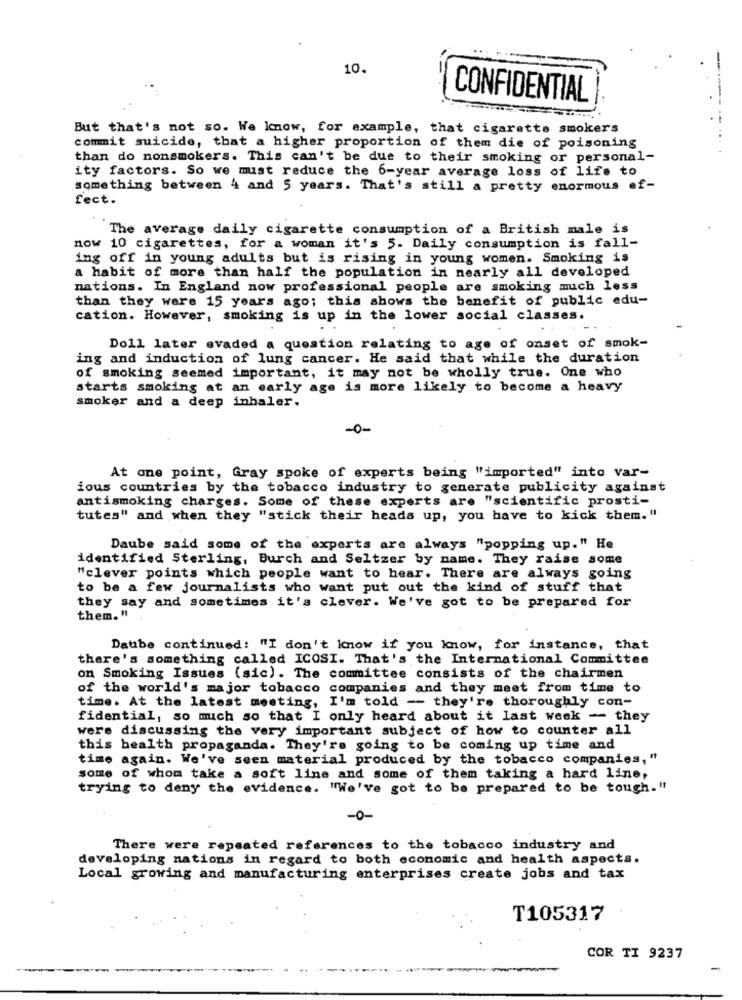
10.
CONFIDENTIAL
But that's not so. We know, for example, that cigarette smokers
commit suicide, that a higher proportion of them die of poisoning
--.....
than do nonsmokers. This can't be due to their smoking or personal-
ity factors. So we must reduce the 6-year average loss of life to
something between 4 and 5 years. That's still a pretty enormous ef-
fect.
The average daily cigarette consumption of a British male is
now 10 cigarettes, for a woman it's 5. Daily consumption is fall-
ing off in young adults but is rising in young women. Smoking is
a habit of more than half the population in nearly all developed
nations. In England now professional people are smoking much less
than they were 15 years ago; this shows the benefit of public edu-
cation. However, smoking is up in the lower social classes.
Doll later evaded a question relating to age of onset of smok-
ing and induction of lung cancer. He said that while the duration
of smoking seemed important, it may not be wholly true. One who
starts smoking at an early age is more likely to become a heavy
smoker and a deep inhaler.
-0-
At one point, Gray spoke of experts being "imported" into var-
ious countries by the tobacco industry to generate publicity against
antismoking charges. Some of these experts are "scientific prosti-
tutes" and when they "stick their heads up, you have to kick them."
Daube said some of the experts are always "popping up." He
identified Sterling, Burch and Seltzer by name. They raise some
"clever points which people want to hear. There are always going
to be a few journalists who want put out the kind of stuff that
they say and sometimes it's clever. We've got to be prepared for
them. "
Daube continued: "I don't know if you know, for instance, that
there's something called ICOSI. That's the International Committee
on Smoking Issues (sic). The committee consists of the chairmen
of the world's major tobacco companies and they meet from time to
time. At the latest meeting, I'm told - they're thoroughly con-
fidential, so mich so that I only heard about it last week - they
were discussing the very important subject of how to counter all
this health propaganda. They're going to be coming up time and
time again. We've seen material produced by the tobacco companies, "
some of whom take a soft line and some of them taking a hard line,
trying to deny the evidence. "We've got to be prepared to be tough."
-0-
There were repeated references to the tobacco industry and
developing nations in regard to both economic and health aspects.
Local growing and manufacturing enterprises create jobs and tax
T105317
COR TI 9237